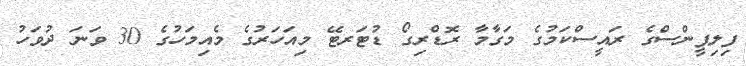
ފިލިޕީންސްގެ ރައީސްކަމުގެ މަގާމާ ރޮޑްރިގޯ ޑުޓަރޓޭ މިއަހަރުގެ މެއިމަހުގެ 30 ވަނަ ދުވަހު